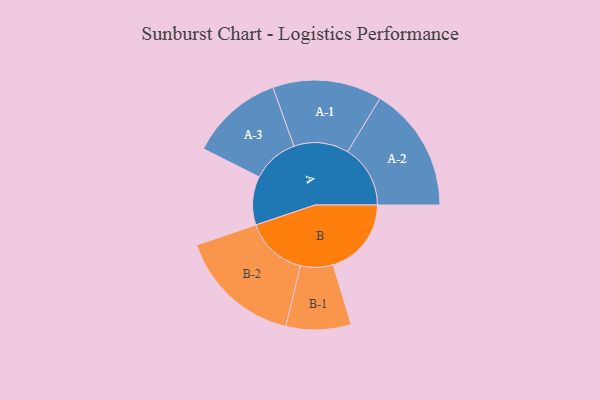
{"axis": {"x": "Segment", "y": "Value"}, "legend": ["", "A", "B"], "data": [{"x": "A", "y": 175, "type": ""}, {"x": "B", "y": 282, "type": ""}, {"x": "A-1", "y": 197, "type": "A"}, {"x": "A-2", "y": 226, "type": "A"}, {"x": "A-3", "y": 168, "type": "A"}, {"x": "B-1", "y": 117, "type": "B"}, {"x": "B-2", "y": 223, "type": "B"}]}